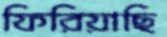
ফিরিয়াছি